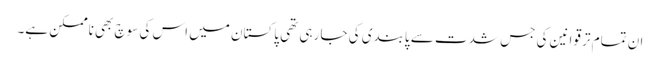
ان تمام تر قوانین کی جس شدت سے پابندی کی جا رہی تھی پاکستان میں اس کی سوچ بھی ناممکن ہے۔